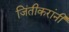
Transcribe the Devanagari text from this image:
जिंतीकरांनी